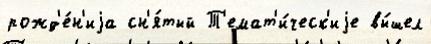
рожд'е́н'иjа сн'я́тый Т'емат'и́ческ'иjе вы́шел